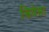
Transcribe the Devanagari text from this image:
चियेसा